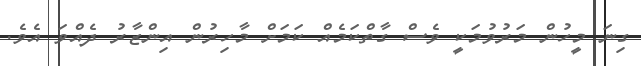
ގިނަ މީހުން މަރުވުމަކީ ވެސް ގާތްކަމެއް ކަމަށް މާހިރުން އިންޒާރު ދެއްވަ އެވެ.